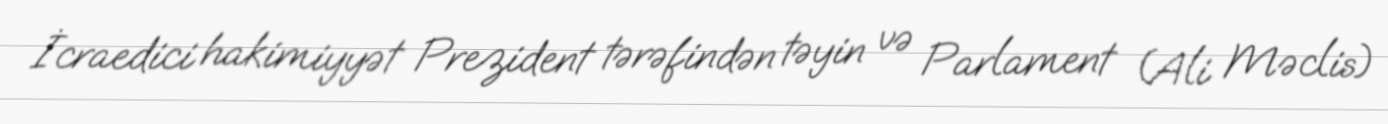
İcraedici hakimiyyət Prezident tərəfindən təyin və Parlament (Ali Məclis)